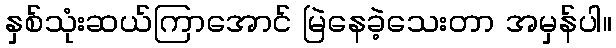
နှစ်သုံးဆယ်ကြာအောင် မြဲနေခဲ့သေးတာ အမှန်ပါ။